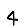
Digit: 4